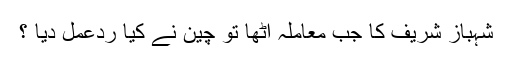
شہباز شریف کا جب معاملہ اٹھا تو چین نے کیا ردعمل دیا ؟